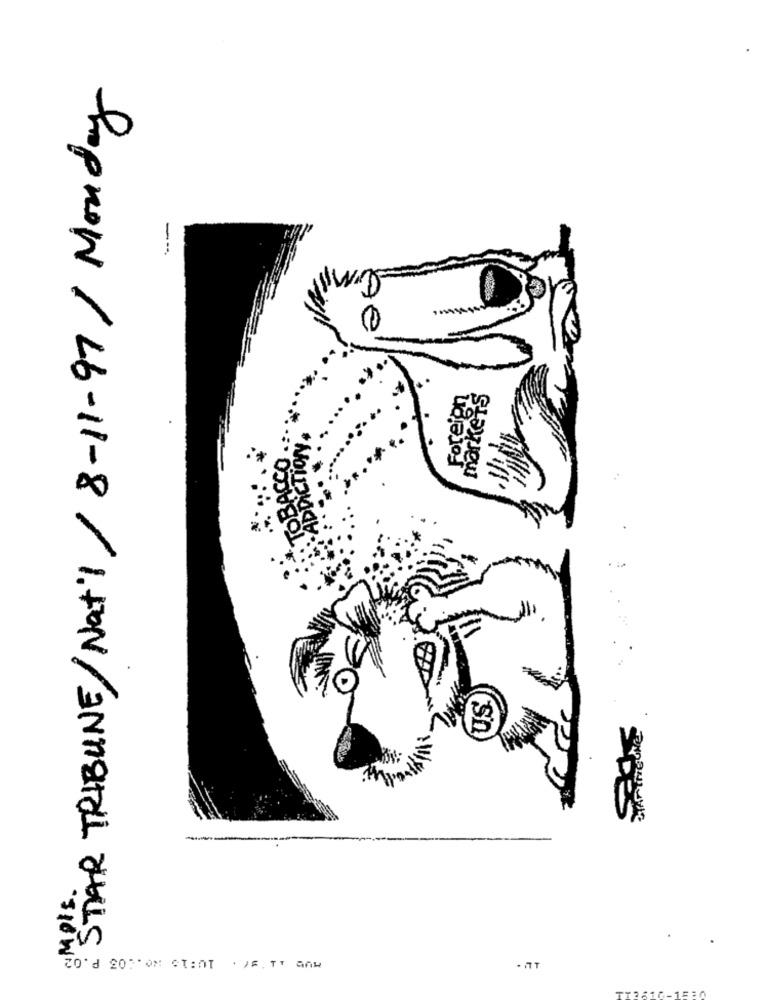
STAR TRIBUNE/Nat'1/ 8-11-97 / Monday
Foreign
markets
PES
3Mois.
HUD 11 H7. 10:IS NO. 103 P.02